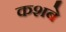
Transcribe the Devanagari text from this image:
कशबे